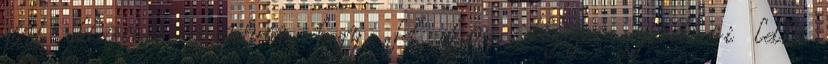
járt akkoriban, mondván, hogy „fel akarja dolgozni gyerekkori lelki